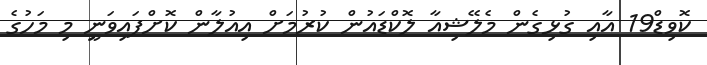
ކޮވިޑް19 އާއި ގުޅިގެން މެލޭޝިއާ ލޮކްޑައުން ކުރުމަށް އިއުލާން ކޮށްފައިވަނީ މި މަހުގެ